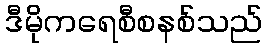
ဒီမိုကရေစီစနစ်သည်